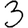
Digit: 3